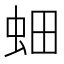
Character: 𮓿